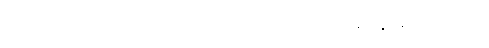
ဧဝမေဝ၊ သာလျှင်။ ဣမေဓမ္မာ၊ တို့သည်။ အဟုတွာ၊ ၍။ သမ္ဘောန္တိ၊ ၏။ ဟုတွာ၊ ၍။